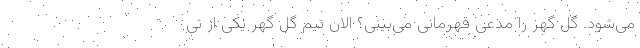
می‌شود. گل گهر را مدعی قهرمانی می‌بینی؟ الان تیم گل گهر یکی از تی